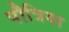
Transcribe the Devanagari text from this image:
पौत्रिया